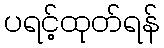
ပရင့်ထုတ်ရန်